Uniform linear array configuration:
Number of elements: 24
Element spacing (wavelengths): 0.25
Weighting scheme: blackman
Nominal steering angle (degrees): -45
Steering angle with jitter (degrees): -44.893
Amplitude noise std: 0.05
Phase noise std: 0.05

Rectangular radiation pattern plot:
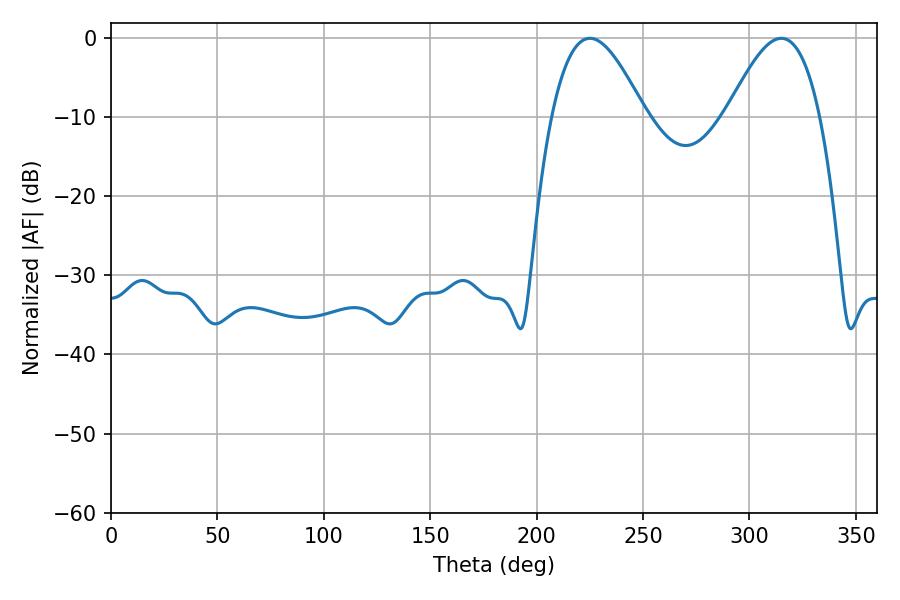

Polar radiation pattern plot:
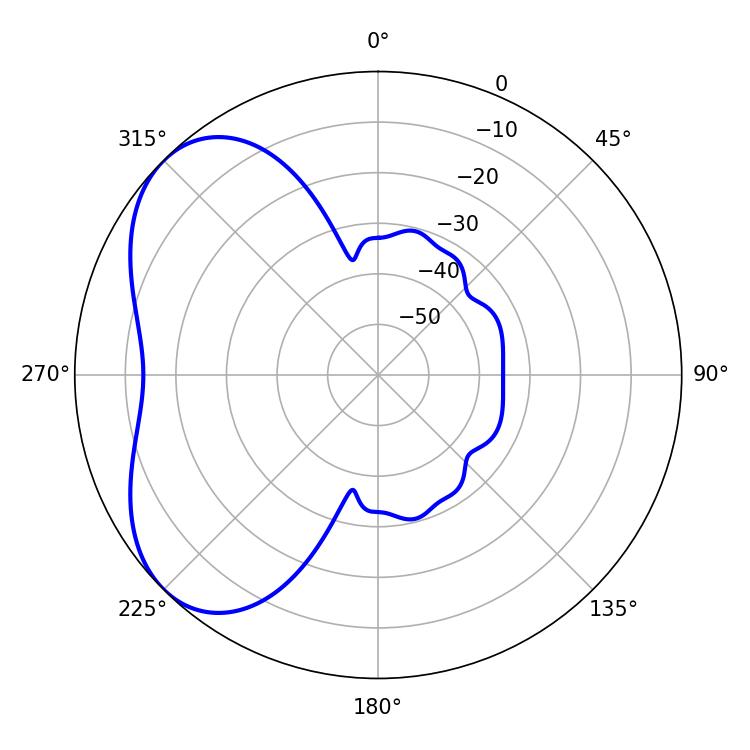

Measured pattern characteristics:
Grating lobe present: FALSE
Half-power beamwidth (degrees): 23.58
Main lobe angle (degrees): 225